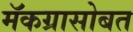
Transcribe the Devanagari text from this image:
मॅकग्रासोबत